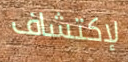
لإكتشاف